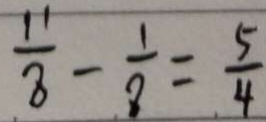
\frac { 1 1 } { 8 } - \frac { 1 } { 8 } = \frac { 5 } { 4 }